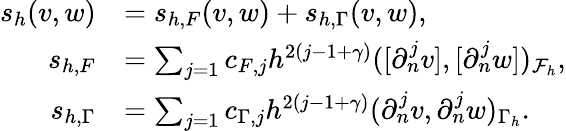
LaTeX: \begin{array}{rl}{s_{h}(v,w)}&{=s_{h,F}(v,w)+s_{h,\Gamma}(v,w),}\\ {s_{h,F}}&{=\sum_{j=1}c_{F,j}h^{2(j-1+\gamma)}([\partial_{n}^{j}v],[\partial_{n}^{j}w])_{\mathcal{F}_{h}},}\\ {s_{h,\Gamma}}&{=\sum_{j=1}c_{\Gamma,j}h^{2(j-1+\gamma)}(\partial_{n}^{j}v,\partial_{n}^{j}w)_{\Gamma_{h}}.}\end{array}